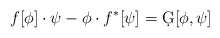
\begin{align*}f[\phi]\cdot \psi - \phi\cdot f^*[\psi]= \d G[\phi,\psi]\end{align*}